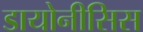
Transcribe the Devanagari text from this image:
डायोनीसिस